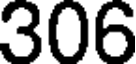
306